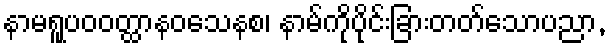
နာမရူပဝဝတ္ထာနဝသေနစ၊ နာမ်ကိုပိုင်းခြားတတ်သောပညာ,